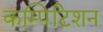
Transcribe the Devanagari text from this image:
कम्पिटिशन